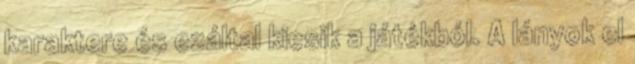
karaktere és ezáltal kiesik a játékból. A lányok el